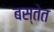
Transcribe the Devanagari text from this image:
बस्तेत